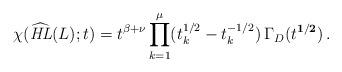
LaTeX: \begin{align*}\chi(\widehat{\mathit{HL}}(L);t) = t^{\beta+\nu} \displaystyle \prod\limits_{k=1}^{\mu}(t_k^{1/2}-t_k^{-1/2}) \, \Gamma_D(t^{\mathbf{1/2}})\,.\end{align*}